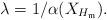
LaTeX: \begin{align*}\lambda=1/\alpha(X_{H_\mathfrak{m}}).\end{align*}